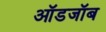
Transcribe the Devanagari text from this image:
ऑडजॉब